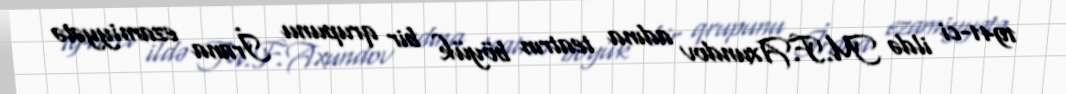
1941-ci ildə M.F.Axundov adına teatrın böyük bir qrupunu İrana ezamiyyətə